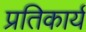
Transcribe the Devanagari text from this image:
प्रतिकार्य